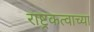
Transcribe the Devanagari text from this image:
राष्ट्रकत्वाच्या